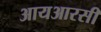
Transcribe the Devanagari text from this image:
आयआरसी